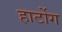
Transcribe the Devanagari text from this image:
हार्टोग